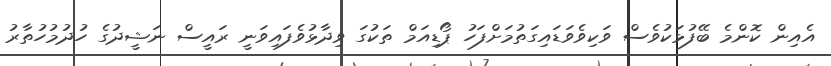
އެއިން ކޮންމެ ބޭފުޅަކުވެސް ވަކިވެވަޑައިގަތުމަށްފަހު ޕޯޑިއަމް ތަކުގަ ވިދާޅުވެފައިވަނީ ރައީސް ނަޝީދުގެ ހުދުމުހުތާރު